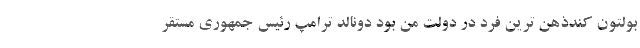
بولتون کندذهن ترین فرد در دولت من بود دونالد ترامپ رئیس جمهوری مستقر